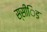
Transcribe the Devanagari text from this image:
स्सींिड